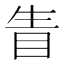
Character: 眚